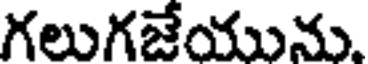
గలుగజేయును.